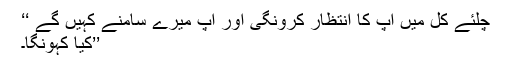
چلئے کل میں آپ کا انتظار کرونگی اور آپ میرے سامنے کہیں گے ‘‘
’’کیا کہونگا۔